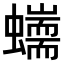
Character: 𧔇